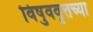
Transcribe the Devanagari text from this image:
विषुववृत्तच्या